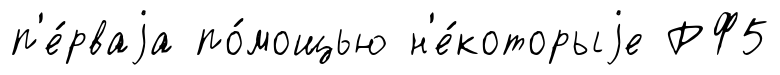
п'е́рваjа по́мощью н'е́которыjе РФ5